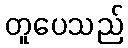
တူပေသည်